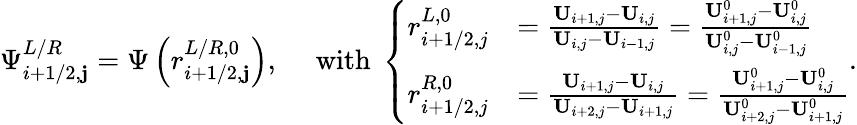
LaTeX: \Psi_{i+1/2,\mathbf{j}}^{L/R}=\Psi\left(r_{i+1/2,\mathbf{j}}^{L/R,0}\right),\quad\mathrm{{~with~}}\left\{ \begin{array}{rl}{r_{i+1/2,j}^{L,0}}&{=\frac{\mathbf{U}_{i+1,j}-\mathbf{U}_{i,j}}{\mathbf{U}_{i,j}-\mathbf{U}_{i-1,j}}=\frac{\mathbf{U}_{i+1,j}^{0}-\mathbf{U}_{i,j}^{0}}{\mathbf{U}_{i,j}^{0}-\mathbf{U}_{i-1,j}^{0}}}\\ {r_{i+1/2,j}^{R,0}}&{=\frac{\mathbf{U}_{i+1,j}-\mathbf{U}_{i,j}}{\mathbf{U}_{i+2,j}-\mathbf{U}_{i+1,j}}=\frac{\mathbf{U}_{i+1,j}^{0}-\mathbf{U}_{i,j}^{0}}{\mathbf{U}_{i+2,j}^{0}-\mathbf{U}_{i+1,j}^{0}}}\end{array}\right..